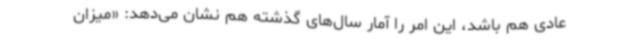
عادی هم باشد، این امر را آمار سال‌های گذشته هم نشان می‌دهد: «میزان